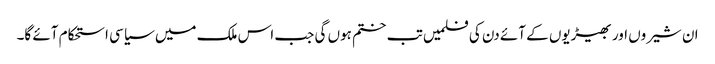
ان شیروں اور بھیڑیوں کے آئے دن کی فلمیں تب ختم ہوں گی جب اس ملک میں سیاسی استحکام آئے گا۔